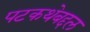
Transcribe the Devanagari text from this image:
पटकथेबद्दल